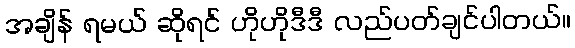
အချိန် ရမယ် ဆိုရင် ဟိုဟိုဒီဒီ လည်ပတ်ချင်ပါတယ်။